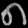
Digit: ၈